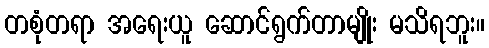
တစုံတရာ အရေးယူ ဆောင်ရွက်တာမျိုး မသိရဘူး။